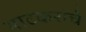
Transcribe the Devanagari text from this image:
भाटकरांचे